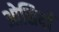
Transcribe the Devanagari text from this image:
ओसियाँ